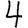
Digit: 4